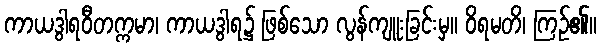
ကာယဒွါရဝီတက္ကမာ၊ ကာယဒွါရ၌ ဖြစ်သော လွန်ကျူးခြင်းမှ။ ဝိရမတိ၊ ကြဉ်၏။